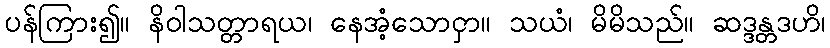
ပန်ကြား၍။ နိဝါသတ္တာရယ၊ နေအံ့သောငှာ။ သယံ၊ မိမိသည်။ ဆဒ္ဒန္တဒဟိ၊